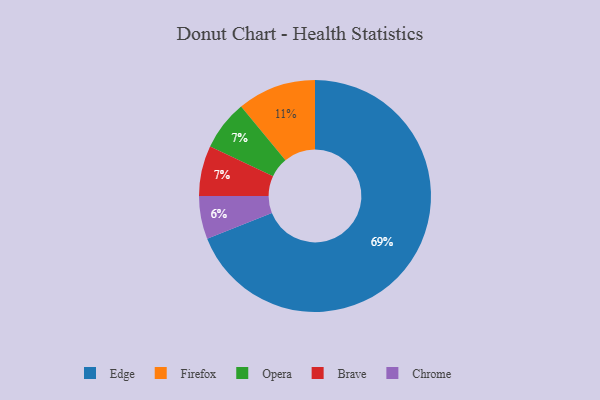
{"axis": {"x": "Category", "y": "Percentage"}, "legend": ["Brave", "Chrome", "Edge", "Firefox", "Opera"], "data": [{"x": "Opera", "y": 7, "type": "Opera"}, {"x": "Brave", "y": 7, "type": "Brave"}, {"x": "Chrome", "y": 6, "type": "Chrome"}, {"x": "Edge", "y": 69, "type": "Edge"}, {"x": "Firefox", "y": 11, "type": "Firefox"}]}